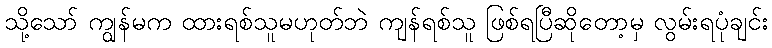
သို့သော် ကျွန်မက ထားရစ်သူမဟုတ်ဘဲ ကျန်ရစ်သူ ဖြစ်ရပြီဆိုတော့မှ လွမ်းရပုံချင်း